Leaving Certificate Examination, 1925
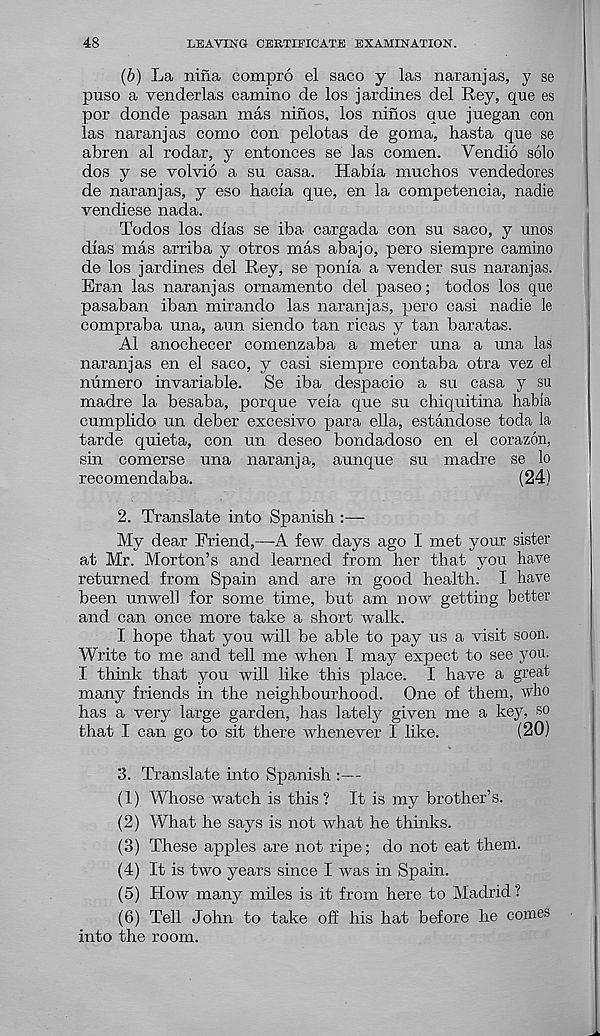
48
LEAVING CERTIFICATE EXAMINATION.
(b) La nina compro el saco y las naranjas, y se
puso a venderlas camino de los jardines del Hey, que es
por donde pasan mas ninos, los ninos que juegan con
las naranjas como con pelotas de goma, hasta que se
abren al rodar, y entonces se las comen. Vendio solo
dos y se volvio a su casa. Habla muchos vendedores
de naranjas, y eso hacla que, en la competencia, nadie
vendiese nada.
Todos los dlas se iba cargada con su saco, y unos
dlas mas arriba y otros mas abajo, pero siempre camino
de los jardines del Rey, se ponla a vender sus naranjas.
Eran las naranjas ornamento del paseo; todos los que
pasaban iban mirando las naranjas, pero casi nadie le
compraba una, aun siendo tan ricas y tan baratas.
Al anochecer comenzaba a meter una a una las
naranjas en el saco, y casi siempre contaba otra vez el
numero invariable. Se iba despacio a su casa y su
madre la besaba, porque veia que su chiquitina habia
cumplido un deber excesivo para ella, estandose toda la
tarde quieta, con un deseo bondadoso en el corazon,
sin comerse una naranja, aunque su madre se lo
recomendaba.
(24)
2. Translate into Spanish :—
My dear Friend,—-A few days ago I met your sister
at Mr. Morton’s and learned from her that you have
returned from Spain and are in good health. I have
been unwell for some time, but am now getting better
and can once more take a short walk.
I hope that you will be able to pay us a visit soon.
Write to me and tell me when I may expect to see you.
I think that you will like this place. I have a great
many friends in the neighbourhood. One of them, who
has a very large garden, has lately given me a key, so
that I can go to sit there whenever I like.
(20)
3. Translate into Spanish :—
(1) Whose watch is this? It is my brother’s.
(2) What he says is not what he thinks.
(3) These apples are not ripe; do not eat them.
(4) It is two years since I was in Spain.
(5) How many miles is it from here to Madrid ?
(6) Tell John to take off his hat before he comes
into the room.